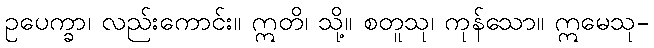
ဥပေက္ခာ၊ လည်းကောင်း။ ဣတိ၊ သို့။ စတူသု၊ ကုန်သော။ ဣမေသု-